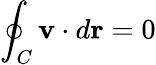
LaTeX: \oint_{C}\mathbf{v}\cdot d{\mathbf{r}}=0